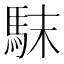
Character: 𩢖